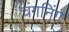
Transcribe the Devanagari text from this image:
चंगनिंग